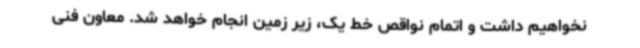
نخواهیم داشت و اتمام نواقص خط یک، زیر زمین انجام خواهد شد. معاون فنی